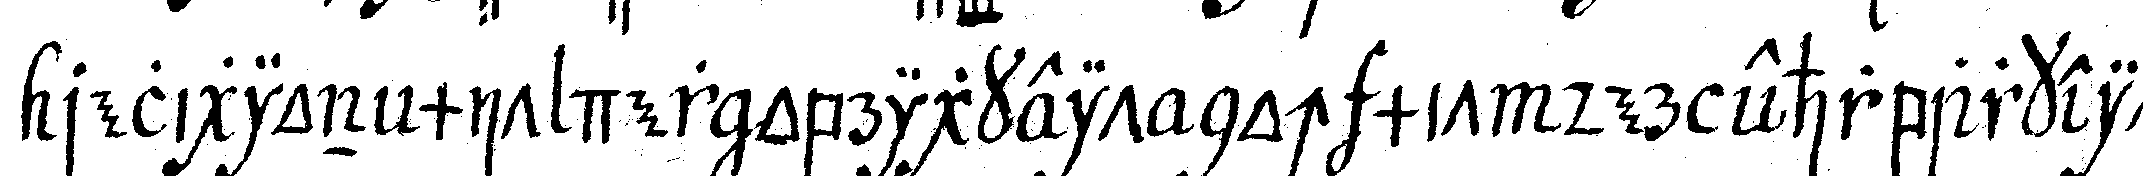
religion mit der obrigkeit noch mit der ehrbarkeit